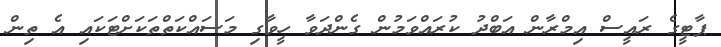
ޕާޓީގެ ރައީސް އިމްރާން އަބްދު ކުރައްވަމުން ގެންދަވާ ހީވާގި މަސައްކަތްތަކަށްޓަކައި އެ ތިން